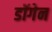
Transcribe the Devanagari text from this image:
डॉगेन